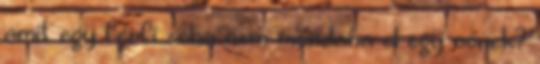
amit egy férfi soha nem mondana el egy nőnek?